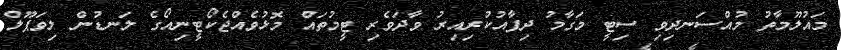
މައުލޫމާތު މުއްސަނދިވި ސިޓީ މަގާމު ދިފާއުކުރިއިރު ވާދަވެރި ޓީމުތައް މޮޅުވެއްޖެކޯޓީނިއޯގެ ލަނޑުން ލިވަޕޫލް